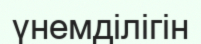
үнемділігін